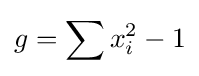
g=\sum x_{i}^{2}-1